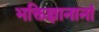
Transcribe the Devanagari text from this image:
भक्तिज्ञानानां